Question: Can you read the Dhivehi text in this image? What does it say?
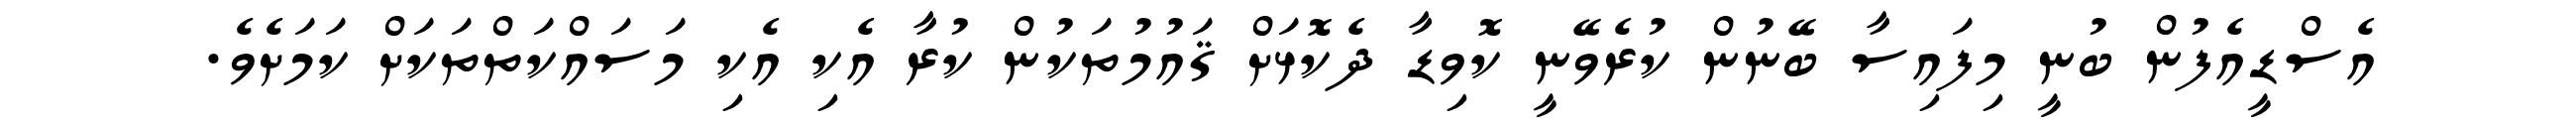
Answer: އެސްޑީއެފުން ބުނީ މިފައިސާ ބޭނުން ކުރެވޭނީ ކޮވިޑާ ދެކޮޅަށް ޤައުމުތަކުން ކުރާ އެކި އެކި މަސައްކަތްތަކަށް ކަމަށެވެ.